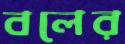
বলের